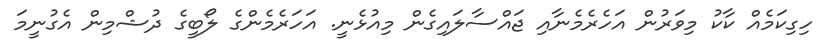
ހިގިކަމެއް ކާކު މިވަރުން އަހެރެމެނާއި ޖައްސާލައިގެން މިއުޅެނީ. އަހަރެމެންގެ ލޯބީގެ ދުޝްމިން އެގުނީމަ